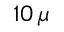
1 0 \, \mu